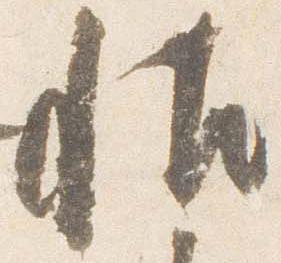
帖